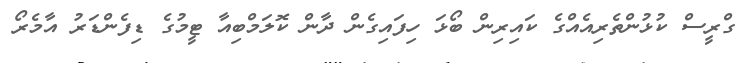
ގްރީސް ކުޅުންތެރިއެއްގެ ކައިިރިން ބޯޅަ ހިފައިގެން ދާން ކޮލަމްބިއާ ޓީމުގެ ޑިފެންޑަރު އާމެރޯ